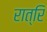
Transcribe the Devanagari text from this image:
रात्रि